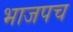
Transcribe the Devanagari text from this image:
भाजपच